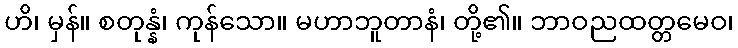
ဟိ၊ မှန်။ စတုန္နံ၊ ကုန်သော။ မဟာဘူတာနံ၊ တို့၏။ ဘာဝညထတ္တမေဝ၊